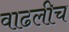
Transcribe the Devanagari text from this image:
वाढलीच